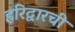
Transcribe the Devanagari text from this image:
हरिद्वारची